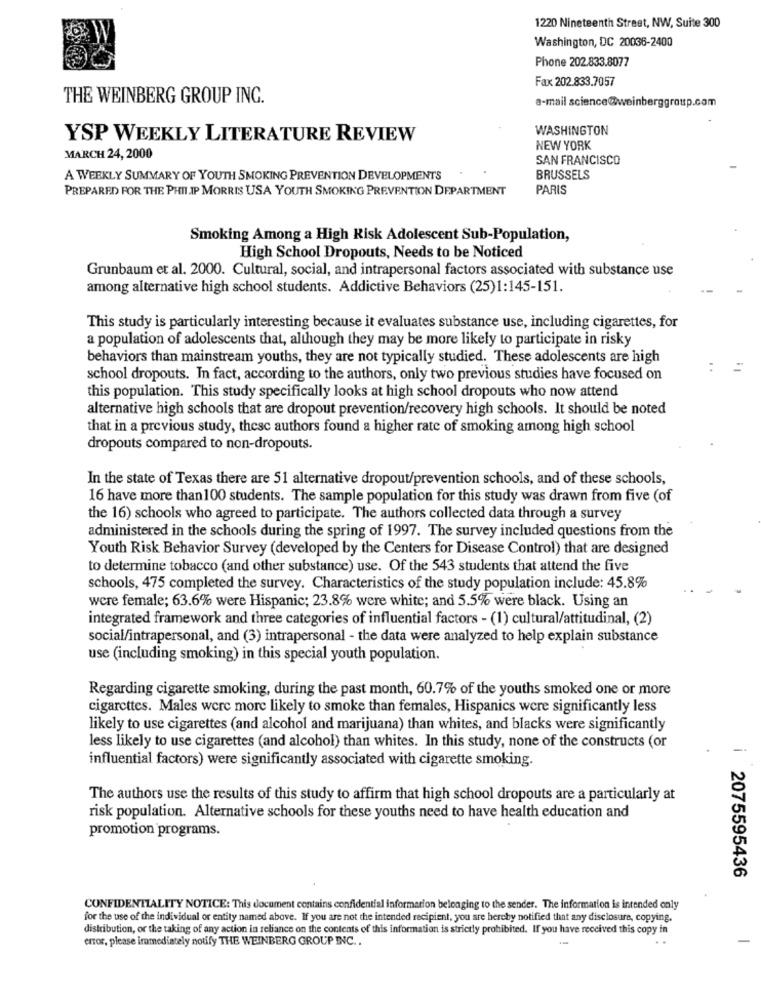
1220 Nineteenth Street, NW, Suite 300
Washington, DC 20036-2400
Phone 202.833.8077
Fax 202.833.7057
THE WEINBERG GROUP INC.
e-mail science@weinberggroup.com
WASHINGTON
YSP WEEKLY LITERATURE REVIEW
NEW YORK
MARCH 24, 2000
SAN FRANCISCO
A WEEKLY SUMMARY OF YOUTH SMOKING PREVENTION DEVELOPMENTS
BRUSSELS
PREPARED FOR THE PHILIP MORRIS USA YOUTH SMOKING PREVENTION DEPARTMENT
PARIS
Smoking Among a High Risk Adolescent Sub-Population,
High School Dropouts, Needs to be Noticed
Grunbaum et al. 2000. Cultural, social, and intrapersonal factors associated with substance use
among alternative high school students. Addictive Behaviors (25)1:145-151.
This study is particularly interesting because it evaluates substance use, including cigarettes, for
a population of adolescents that, although they may be more likely to participate in risky
behaviors than mainstream youths, they are not typically studied. These adolescents are high
school dropouts. In fact, according to the authors, only two previous studies have focused on
this population. This study specifically looks at high school dropouts who now attend
alternative high schools that are dropout prevention/recovery high schools. It should be noted
that in a previous study, thesc authors found a higher rate of smoking among high school
dropouts compared to non-dropouts.
In the state of Texas there are 51 alternative dropout/prevention schools, and of these schools,
16 have more than 100 students. The sample population for this study was drawn from five (of
the 16) schools who agreed to participate. The authors collected data through a survey
administered in the schools during the spring of 1997. The survey included questions from the
Youth Risk Behavior Survey (developed by the Centers for Disease Control) that are designed
to determine tobacco (and other substance) use. Of the 543 students that attend the five
schools, 475 completed the survey. Characteristics of the study population include: 45.8%
were female; 63.6% were Hispanic; 23.8% were white; and 5.5% were black. Using an
integrated framework and three categories of influential factors - (1) cultural/attitudinal, (2)
social/intrapersonal, and (3) intrapersonal - the data were analyzed to help explain substance
use (including smoking) in this special youth population.
Regarding cigarette smoking, during the past month, 60.7% of the youths smoked one or more
cigarettes. Males werc more likely to smoke than females, Hispanics were significantly less
likely to use cigarettes (and alcohol and marijuana) than whites, and blacks were significantly
less likely to use cigarettes (and alcohol) than whites. In this study, none of the constructs (or
influential factors) were significantly associated with cigarette smoking.
The authors use the results of this study to affirm that high school dropouts are a particularly at
risk population. Alternative schools for these youths need to have health education and
promotion programs.
2075595436
CONFIDENTIALITY NOTICE: This document contains confidential information belonging to the sender. The information is intended only
for the use of the individual or entity named above. If you are not the intended recipient, you are hereby notified that any disclosure, copying.
distribution, or the taking of any action in reliance on the contents of this information is strictly prohibited. If you have received this copy in
error, please iramediately notify THE WEINBERG GROUP INC ..